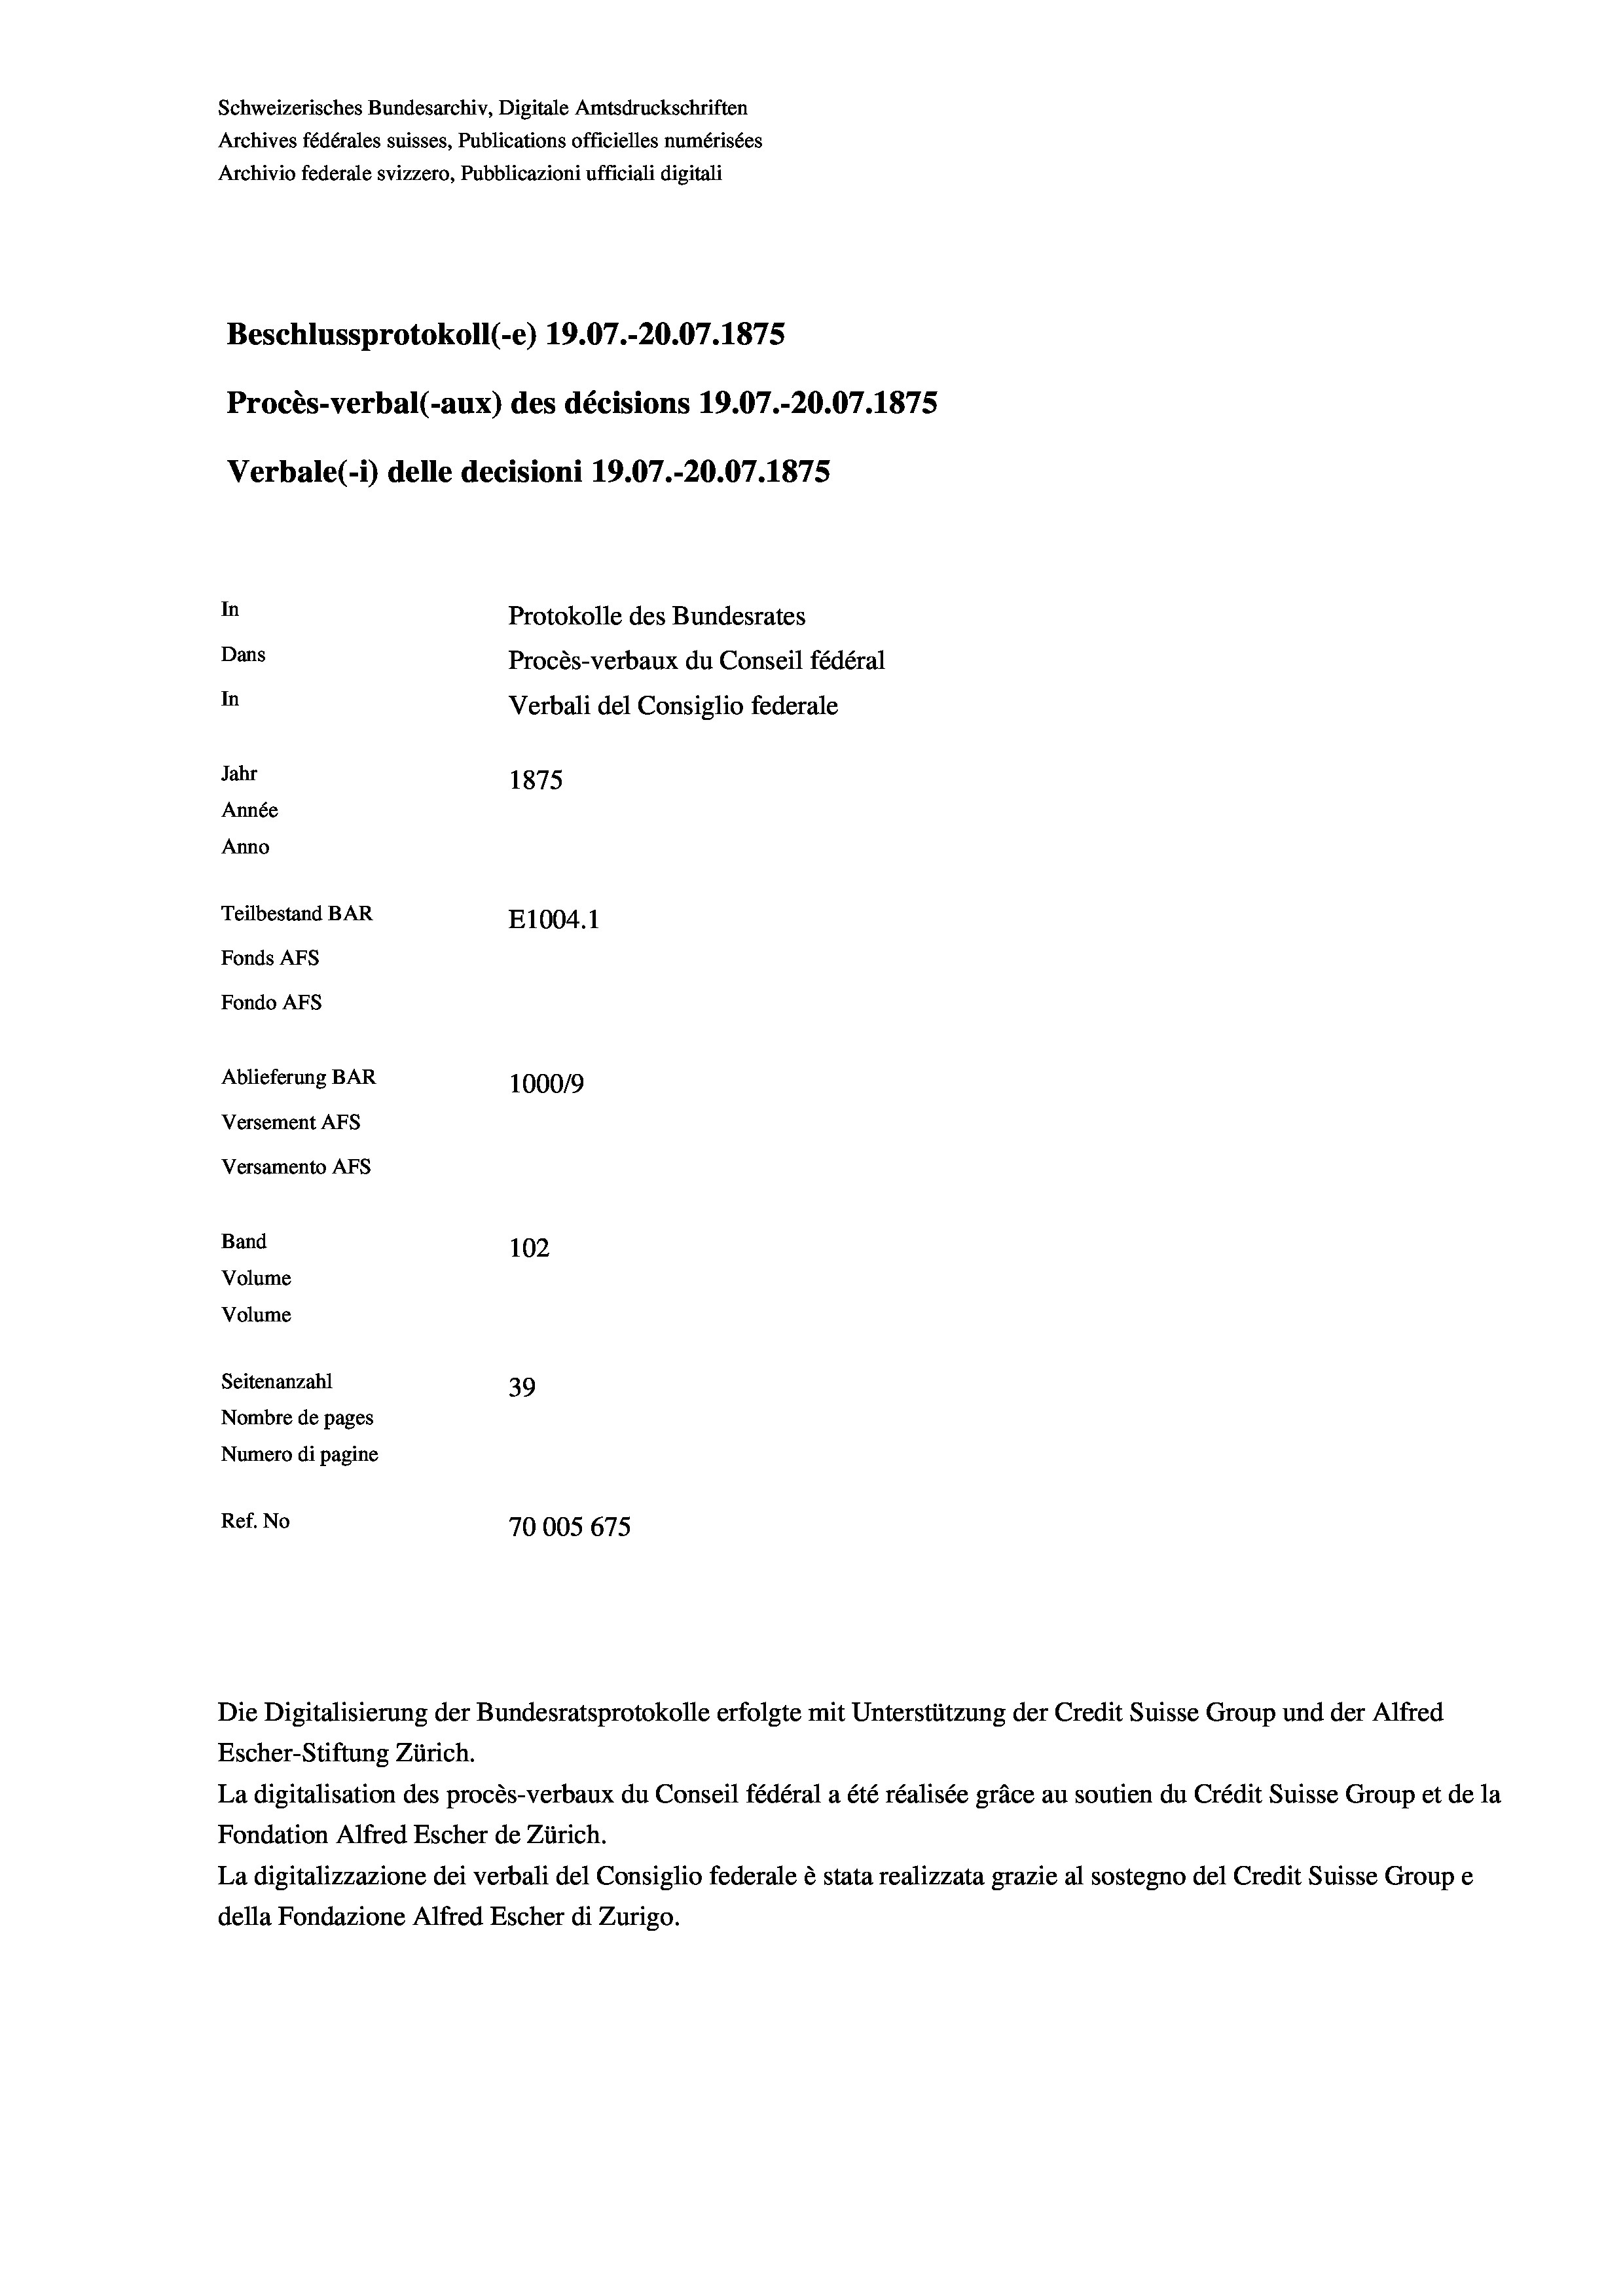
Schweizerisches Bundesarchiv, Digitale Amtsdruckschriften
Archives fédérales suisses, Publications officielles numérisées
Archivio federale svizzero, Pubblicazioni ufficiali digitali
Beschlussprotokoll (-e) 19.07.-20.07. 1875
Procès-verbal (-aux) des décisions 19.07.-20.07.1875
Verbale (- 1) delle decisioni 19.07.-20.07. 1875
In
Protokolle des Bundesrates
Dans
Procès-verbaux du Conseil fédéral
In
Verbali del Consiglio federale
Jahr
1875
Année
Anno
Teilbestand BAR
E1004.1
Fonds AFs
Fondo AFS
Ablieferung BAR
100019
Versement AFs
Versamento AFs
Band
102
Volume
Volume

Seitenanzahl
39
Nombre de pages
Numero di pagine
Ref. No
70005 675

Die Digitalisierung der Bundesratsprotokolle erfolgte mit Unterstützung der Credit Suisse Group und der Alfred
Escher-Stiftung Zürich.
La digitalisation des procès-verbaux du Conseil fédéral a été réalisée gräce au soutien du Crédit Suisse Group et de la
Fondation Alfred Escher de Zürich.
La digitalizzazione dei verbali del Consiglio federale è stata realizzata grazie al sostegno del Credit Suisse Groupe
della Fondazione Alfred Escher di Zurigo.